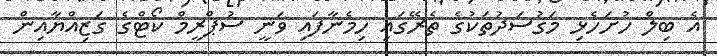
އެ ބިލް ހުށަހެޅި މަގުސަދުތަކުގެ ތެރޭގައި ހިމެނާފައި ވަނީ ސުޕްރީމް ކޯޓްގެ ގަޒިއްޔާއިން